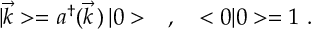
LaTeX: | \vec { k } > = a ^ { \dagger } ( \vec { k } \, ) \, | 0 > \ \ \ , \ \ \ < 0 | 0 > = 1 \ .